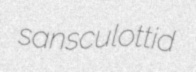
sansculottid